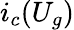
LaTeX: i_{c}(U_{g})